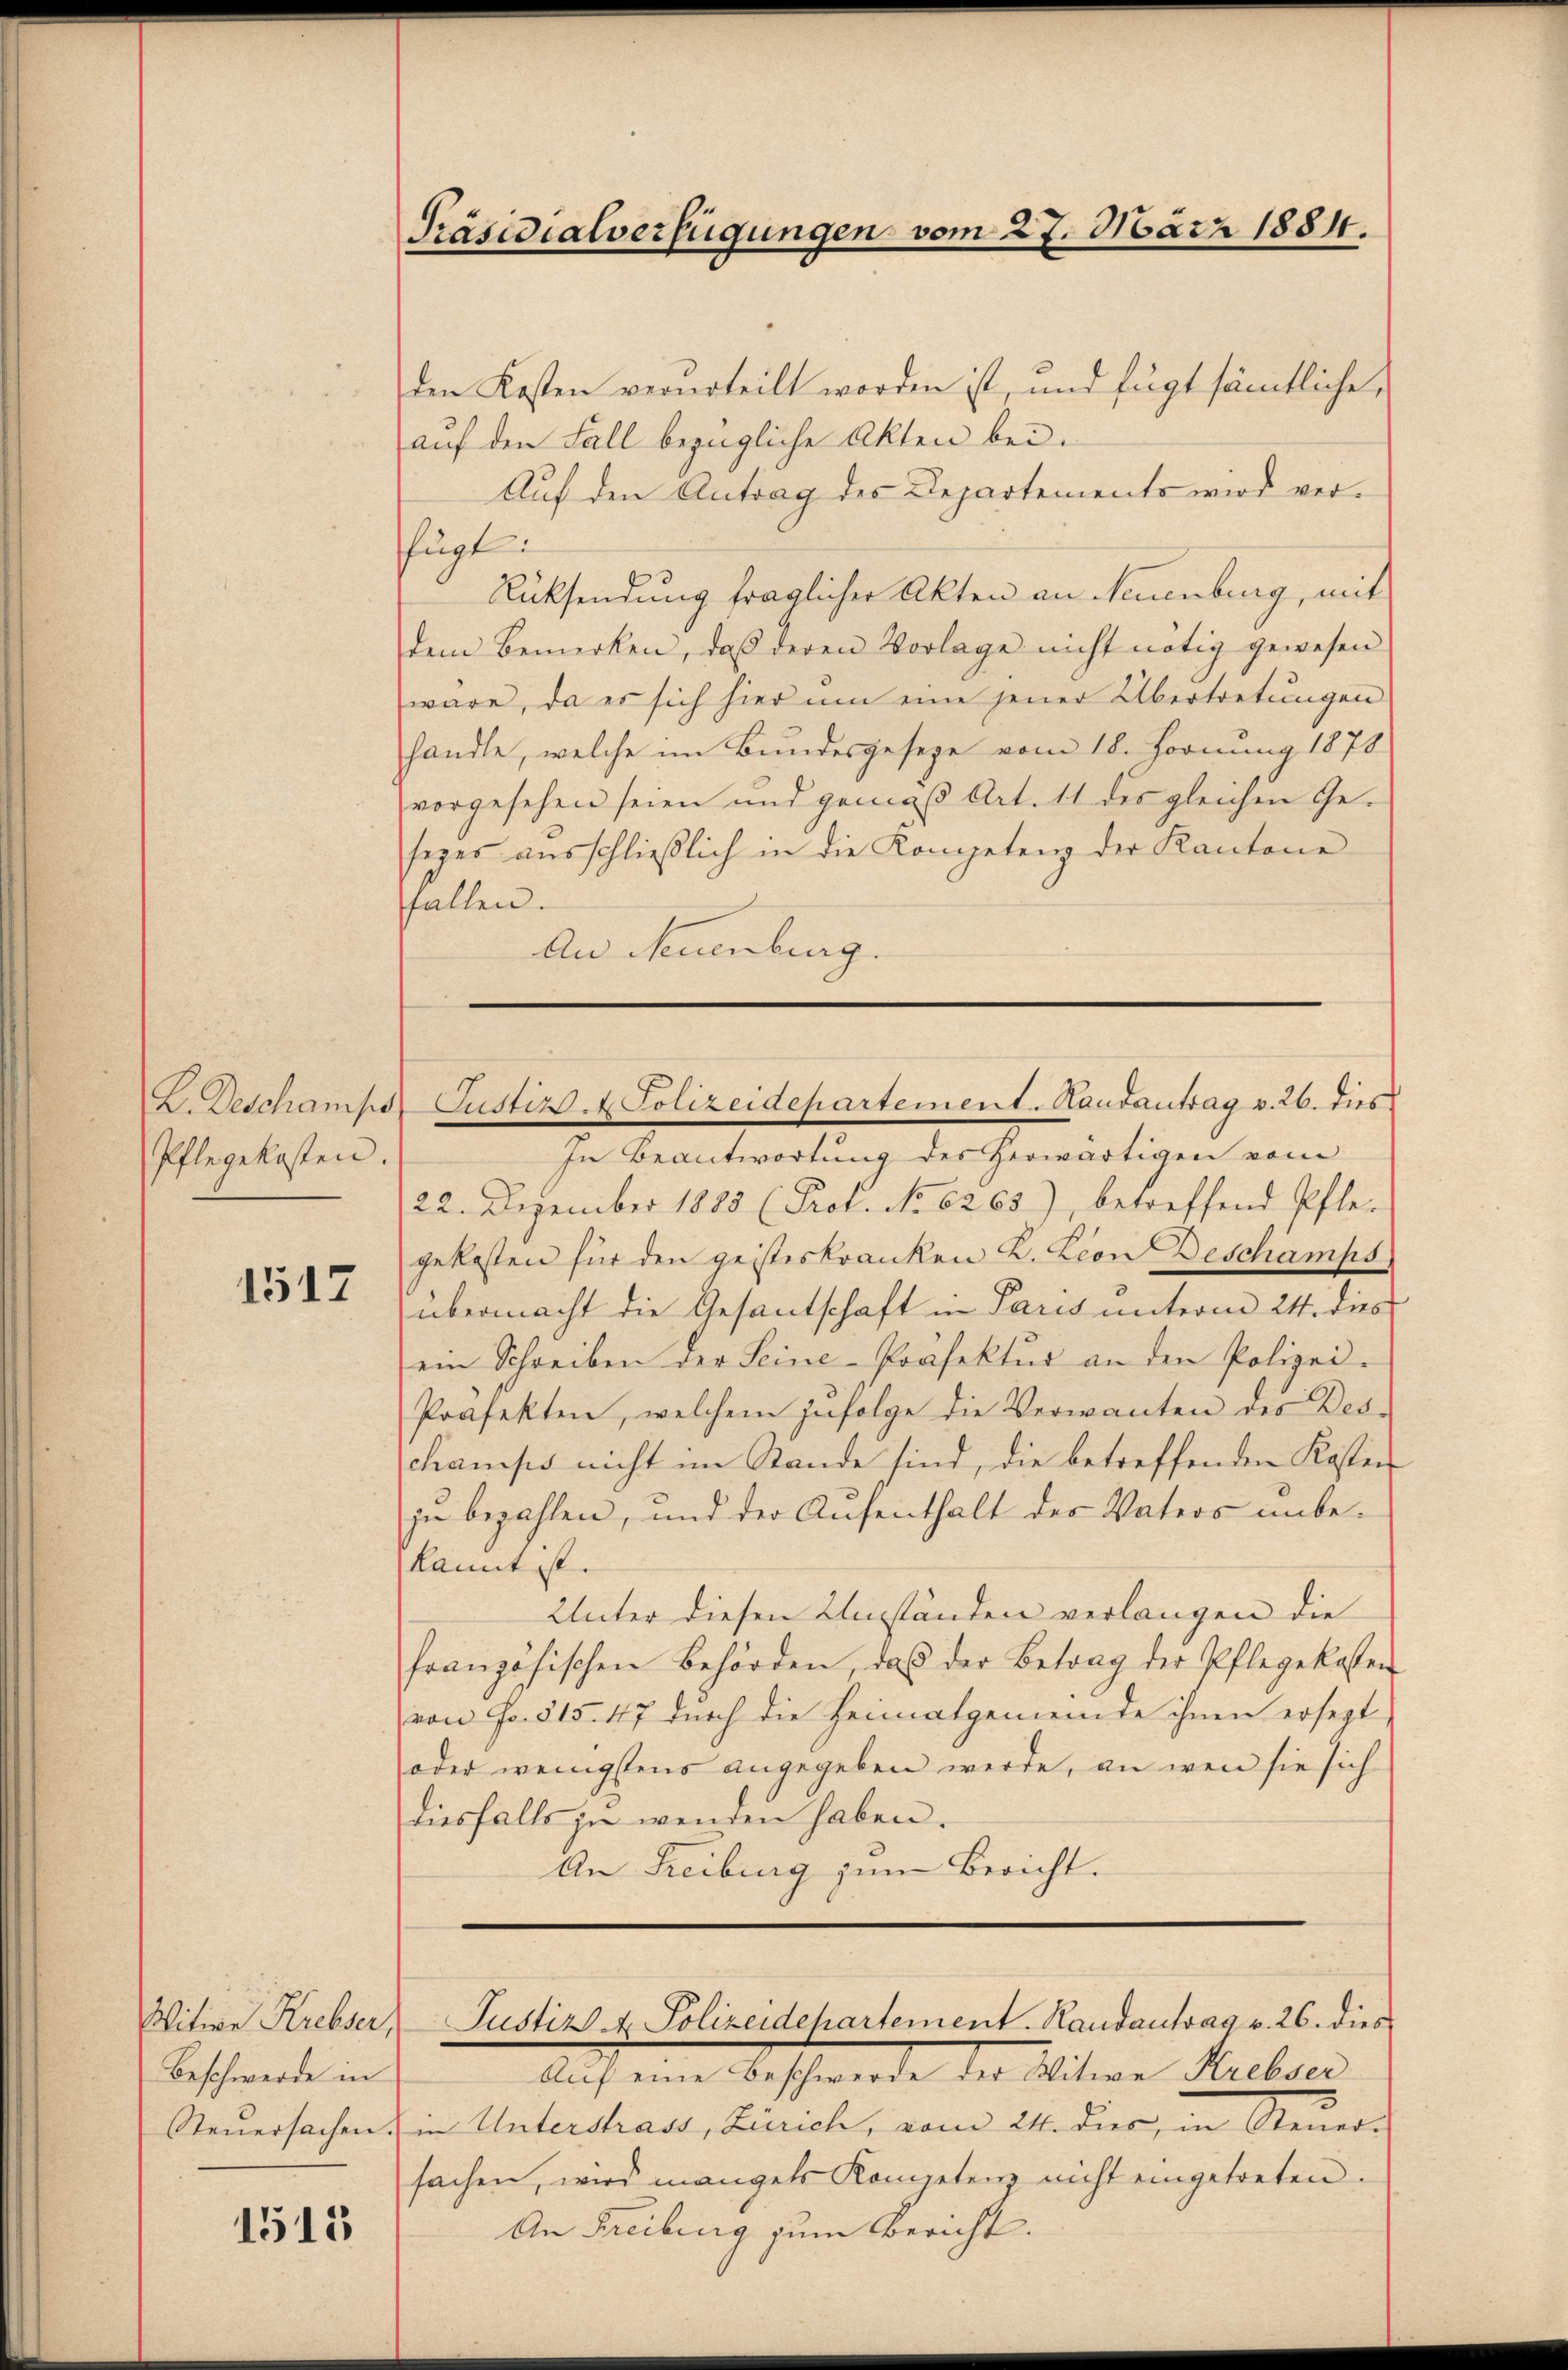
Pflegekosten.

1517

Witwe Krebser,
Beschwerde in
Steŭersachen.

1515

Präsidialverfügungen vom 27. März 1884.

L. Deschamps Justiz. Polizeidepartement. Handantrag v. 26. dies

den Kosten verurteilt worden ist, und fügt sämtliche,
auf den Fall bezügliche Akten bei.
Auf den Antrag des Departements wird verfügt:
Rücksendung fraglicher Akten an Neuenburg, mit
dem Bemerken, daβ deren Vorlage nicht nötig gewesen
wäre, da es sich hier um eine jener Übertretungen
handle, welche im Bundesgeseze vom 18. Fornung 1878
vorgesehen seien und gemäβ Art. 11 des gleichen Ge-
sezes aŭsschließlich in die Kompetenz der Kantone
fallen.
An Neuenburg.

In Beantwortung des herwärtigen vom
22. Dezember 1888 (Prof. No 6263), betreffend Pfle-
gekosten für den geisteskranken L. Leon Deschamps
übermacht die Gesantschaft in Paris unterm 24. dies
ein Schreiben der Seine-Präfektur an den Polizei-
Präfekten, welchem zŭfolge die Verwanten des Des-
champs nicht im Stande sind, die betreffenden Kosten
zu bezahlen, und der Aufenthalt des Vaters unbe-
kannt ist.
Unter diesen Umständen verlangen die
französischen Behörden, das der Betrag der Pflegekosten
von Fr. 515. 47 durch die Heimatgemeinde ihnen ersezt
oder wenigstens angegeben werde, an wen sie sich
diesfalls zu wenden haben.
An Freiburg zum Bericht.

Justiz & Polizeidepartement. Handantrag v. 26. dies

Auf eine Beschwerde der Witwe Krebser
in Unterdrass, Zürich, vom 24. dies, in Steuer-
sachen, wird mangels Kompetenz nicht eingetreten.
An Freiburg zum Bericht.